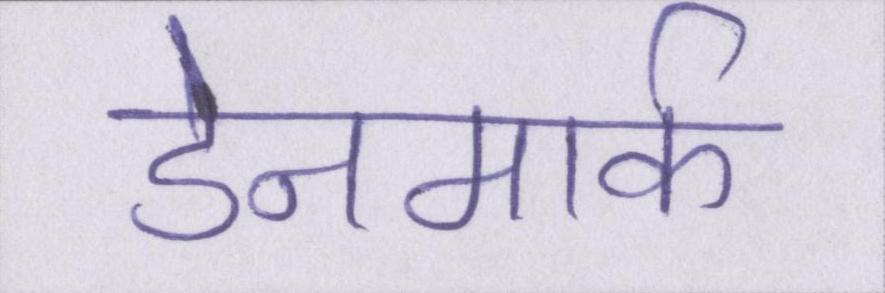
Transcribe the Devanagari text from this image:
डेनमार्क